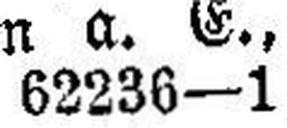
62236—1